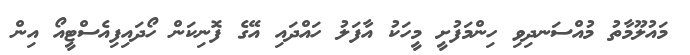
މައުލޫމާތު މުއްސަނދިވި ހިންމަފުށީ މީހަކު އާފަލު ހައްދައި އޭގެ ފޮނިކަން ހޯދައިފިއެސްޓީއޯ އިން